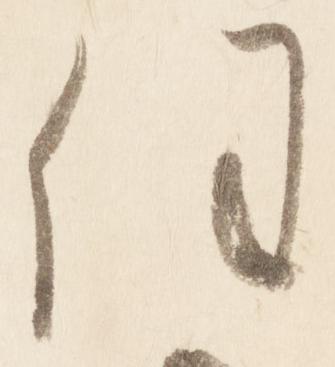
任